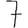
Digit: 7